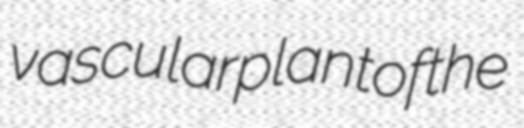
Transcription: vascular plant of the